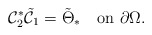
\begin{align*}\mathcal C_2^*\tilde{\mathcal C}_1=\tilde\Theta_* \quad\mbox{on}\,\,\partial\Omega.\end{align*}